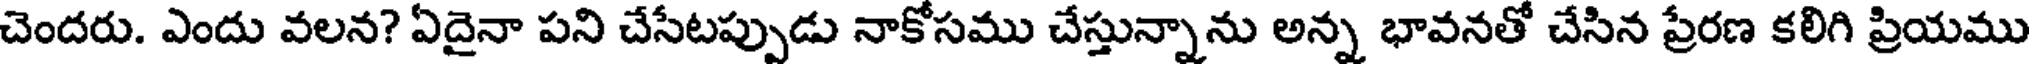
చెందరు. ఎందు వలన? ఏదైనా పని చేసేటప్పుడు నాకోసము చేస్తున్నాను అన్న భావనతో చేసిన ప్రేరణ కలిగి ప్రియము